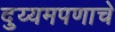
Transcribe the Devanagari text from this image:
दुय्यमपणाचे